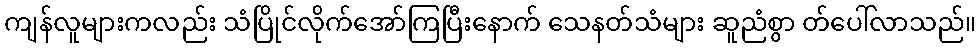
ကျန်လူများကလည်း သံပြိုင်လိုက်အော်ကြပြီးနောက် သေနတ်သံများ ဆူညံစွာ တ်ပေါ်လာသည်။